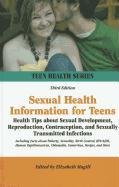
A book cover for Sexual Health Information for Teens: Health Tips About Sexual Development, Reproduction, Contraception, and Sexually Transmitted Infections (Teen Health Series); Teen & Young Adult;